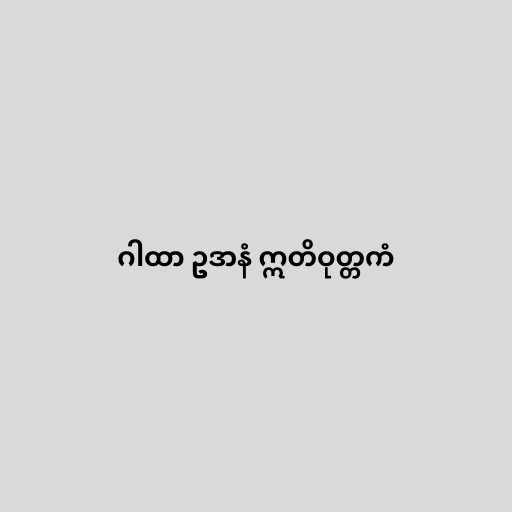
ဂါထာ ဥဒာနံ ဣတိဝုတ္တကံ